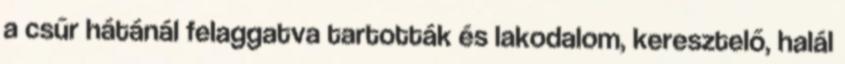
a csűr hátánál felaggatva tartották és lakodalom, keresztelő, halál